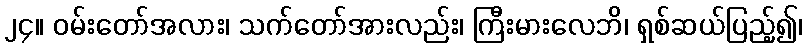
၂၄။ ဝမ်းတော်အလား၊ သက်တော်အားလည်း၊ ကြီးမားလေဘိ၊ ရှစ်ဆယ်ပြည့်၍၊